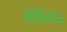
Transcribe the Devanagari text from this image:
कॅसिनोज